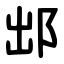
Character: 䢺